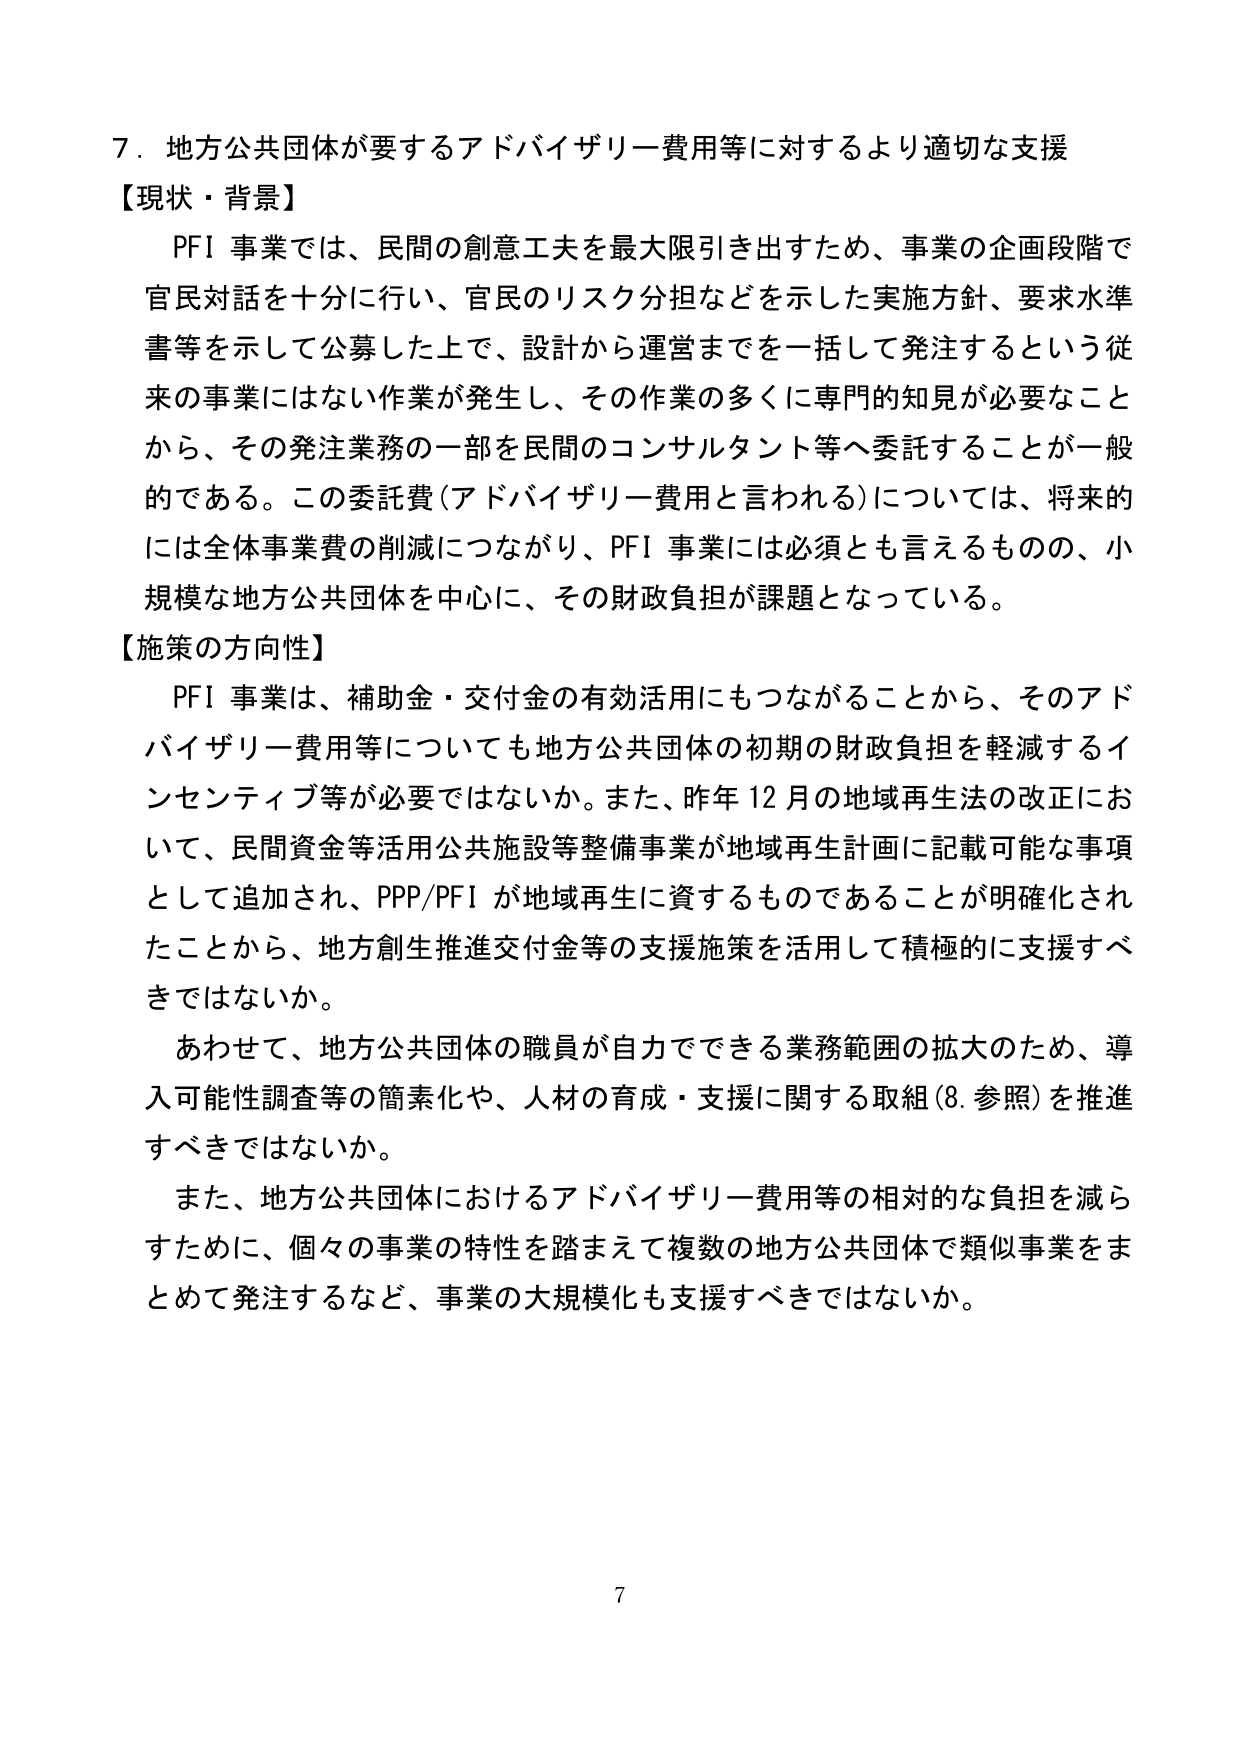
7．地方公共団体が要するアドバイザリー費用等に対するより適切な支援
【現状・背景】
　PFI事業では、民間の創意工夫を最大限引き出すため、事業の企画段階で官民対話を十分に行い、官民のリスク分担などを示した実施方針、要求水準書等を示して公募した上で、設計から運営までを一括して発注するという従来の事業にはない作業が発生し、その作業の多くに専門的知見が必要なことから、その発注業務の一部を民間のコンサルタント等へ委託することが一般的である。この委託費（アドバイザリー費用と言われる）については、将来的には全体事業費の削減につながり、PFI事業には必須とも言えるものの、小規模な地方公共団体を中心に、その財政負担が課題となっている。
【施策の方向性】
　PFI事業は、補助金・交付金の有効活用にもつながることから、そのアドバイザリー費用等についても地方公共団体の初期の財政負担を軽減するインセンティブ等が必要ではないか。また、昨年12月の地域再生法の改正において、民間資金等活用公共施設等整備事業が地域再生計画に記載可能な事項として追加され、PPP/PFIが地域再生に資するものであることが明確化されたことから、地方創生推進交付金等の支援施策を活用して積極的に支援すべきではないか。
　あわせて、地方公共団体の職員が自力でできる業務範囲の拡大のため、導入可能性調査等の簡素化や、人材の育成・支援に関する取組（8．参照）を推進すべきではないか。
　また、地方公共団体におけるアドバイザリー費用等の相対的な負担を減らすために、個々の事業の特性を踏まえて複数の地方公共団体で類似事業をまとめて発注するなど、事業の大規模化も支援すべきではないか。
7